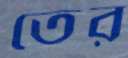
তের